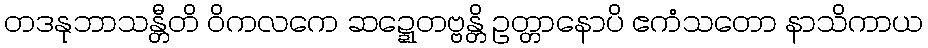
တဒနုဘာသန္တီတိ ဝိကလကေ ဆဍ္ဍေတဗ္ဗန္တိ ဥတ္တာနောပိ ဧကံသတော နာသိကာယ